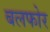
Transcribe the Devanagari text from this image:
बलफोर